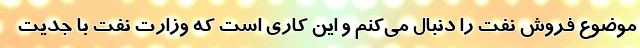
موضوع فروش نفت را دنبال می‌کنم و این کاری است که وزارت نفت با جدیت